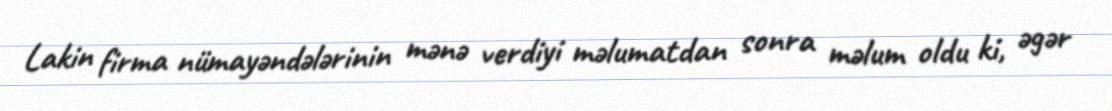
Lakin firma nümayəndələrinin mənə verdiyi məlumatdan sonra məlum oldu ki, əgər